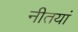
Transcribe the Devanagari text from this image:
नीतयां